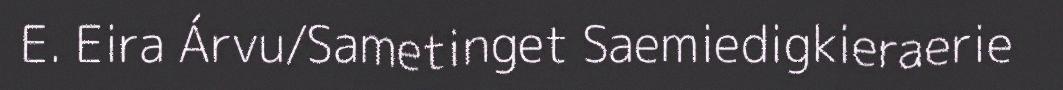
E. Eira Árvu/Sametinget Saemiedigkieraerie